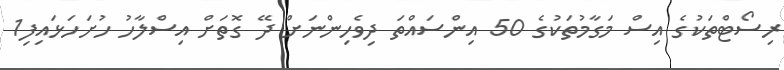
ރިސޯޓްތަކުގެ އިސް މަގާމުތަކުގެ 50 އިންސަައްތަ ދިވެހިންނަށް ދޭ ގޮތަށް އިސްލާހު ހުށަހަޅައިފި1